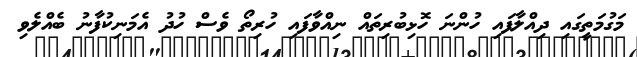
މަގުމަތީގައި ދިއްލާފައި ހުންނަ ހޮޅިބުރިތައް ނިއްވާފައި ހުރިތޯ ވެސް ހުދު އެމަނިކުފާނު ބެއްލެވި